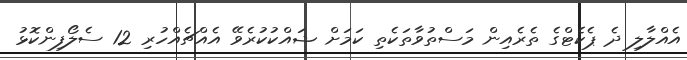
އެއްލާލި ދެ ޕެކެޓްގެ ތެރެއިން މަސްތުވާތަކެތި ކަމަށް ޝައްކުކުރެވޭ އެއްޗެއްހުރި 12 ސެލޯފިންކޮޅު